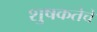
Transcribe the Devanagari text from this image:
शुषकतेचे